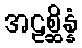
အဠစ္ဆိန္နံ